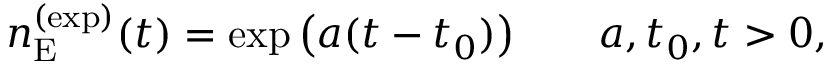
n _ { \mathrm { E } } ^ { ( \mathrm { e x p } ) } ( t ) = \exp { \left( a ( t - t _ { 0 } ) \right) } \qquad a , t _ { 0 } , t > 0 ,